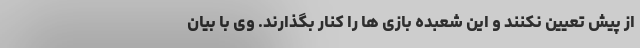
از پیش تعیین نکنند و این شعبده بازی ها را کنار بگذارند. وی با بیان